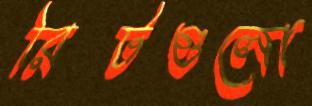
রিটগুলো